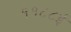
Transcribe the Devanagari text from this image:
११८८ई